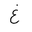
Letter: _gayn